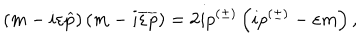
\left( m - i \varepsilon \widehat { p } \right) \left( m - i \overline { { { \varepsilon } } } \overline { { { p } } } \right) = 2 i p ^ { ( \pm ) } \left( i p ^ { ( \pm ) } - \varepsilon m \right) ,